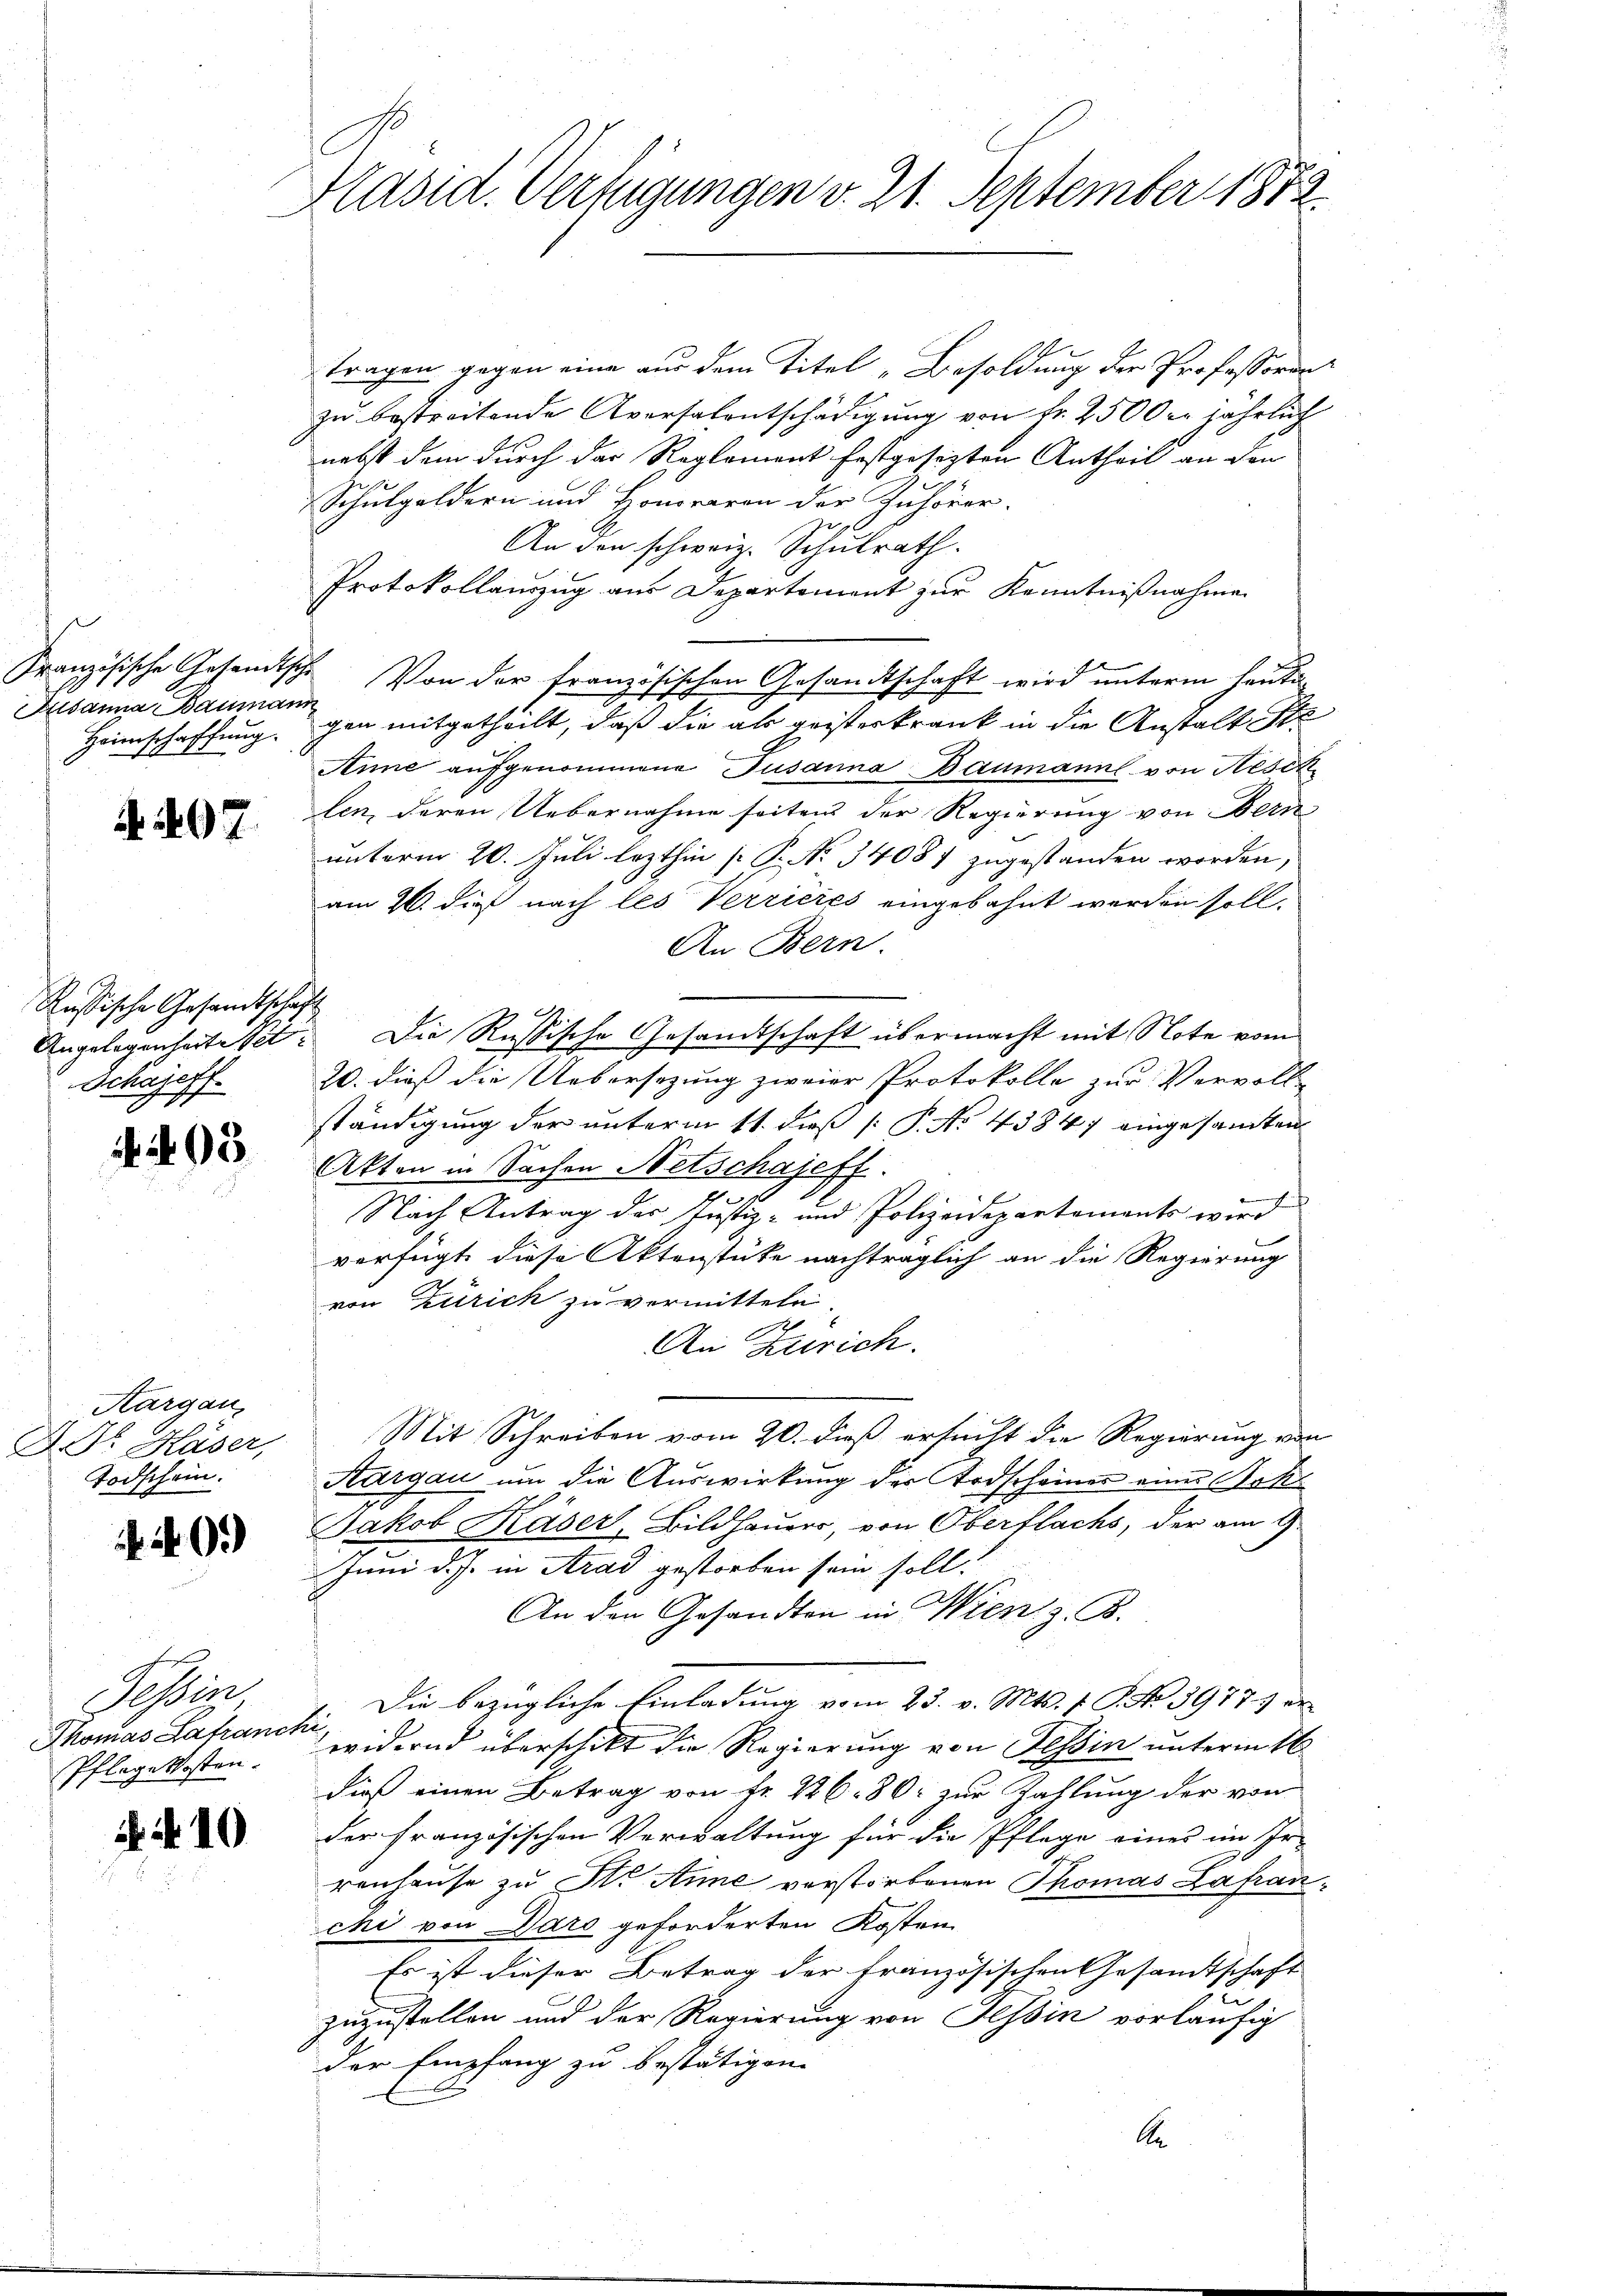
s
Susanna Baumann

A. 407.

Rußische Gesandtschaft
Schajeff.

1405.

Aargau,
D. Dr. Käser,
Todschein.

40.)

tragen gegen eine aus dem Titel „Besoldung der Professoren
zu bestreitende Aversalentschädigung von Fr. 2500 er jährlich
nebst dem durch der Reglement festgesezten Antheil an den
Schulgeldern und Honoraren der Zuhörer.
g
An den schweiz. Schulrath.
Protokollauszug aus Departement zur Kenntnißnahme
Französische Gesandtsche Von der Französi
tischen Gesandtschaft wird unterm heuti
Heimschaffung. gen mitgetheilt, daß die als geisterkrank in die Anstalt Ste
Anne aufgenommene Susanna Baumann von Hesch
len, deren Uebernahme seitens der Regierung von Bern
unterm 20. Juli lezthin [ P. No. 34087 zugestanden worden,
am 26. dieß nach les Verrieres eingebahnt werden soll.
An Bern.
Angelegenheitetet. Die Russische Gesandtschaft übermacht mit Note vom
20. dieß die Uebersezung zweier Protokolle zur Vervoll-
ständigung der unterm 11. dieß P. No 43847 eingesamten
Akten in Sachen Netschajeff.
Nach Antrag des Justiz- und Polizeidepartements wird
verfügt diese Aktenstüke nachträglich an die Regierung
von Zürich zu vermitteln
An Zürich.
Mit Schreiben vom 20. dieß ersucht die Regierung von
Aargau um die Auswirkung der Todscheiner eine Hohe
Jakob Käser, Bildhauer, von Oberflachs, der am 9.
Juni d. J. in Arad gestorben sein soll.
An den Gesandten in Wien z. B.
Die bezügliche Einladung vom 23. v. Mts. f. P. No. 3977.) er
widernd überschikt die Regierung von Tessin unterm 16
dieß einen Betrag von Fr. 22680. zur Zahlung der von
der französischen Verwaltung für die Pflege eines im Irrenhause zu St. Anne verstorbenen Thomas Lafranchi von Daro geforderten Kosten
Es ist dieser Betrag der französischen Gesamtschaft
zu
zuzustellen und der Regierung von Tessin vorläufig
der Empfang zu bestätigen.
A

Sessi
Thomas Lafranchi
Pflage kosten.

A 10

Präsid. Verfügungen v. 21. September 1852.